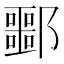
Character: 𬪠